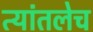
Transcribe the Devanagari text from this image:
त्यांतलेच